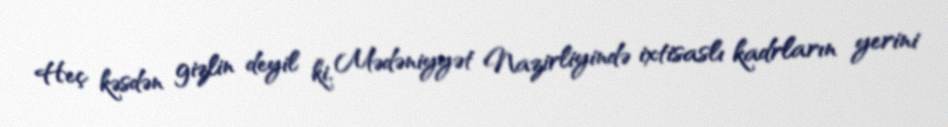
Heç kəsdən gizlin deyil ki, Mədəniyyət Nazirliyində ixtisaslı kadrların yerini